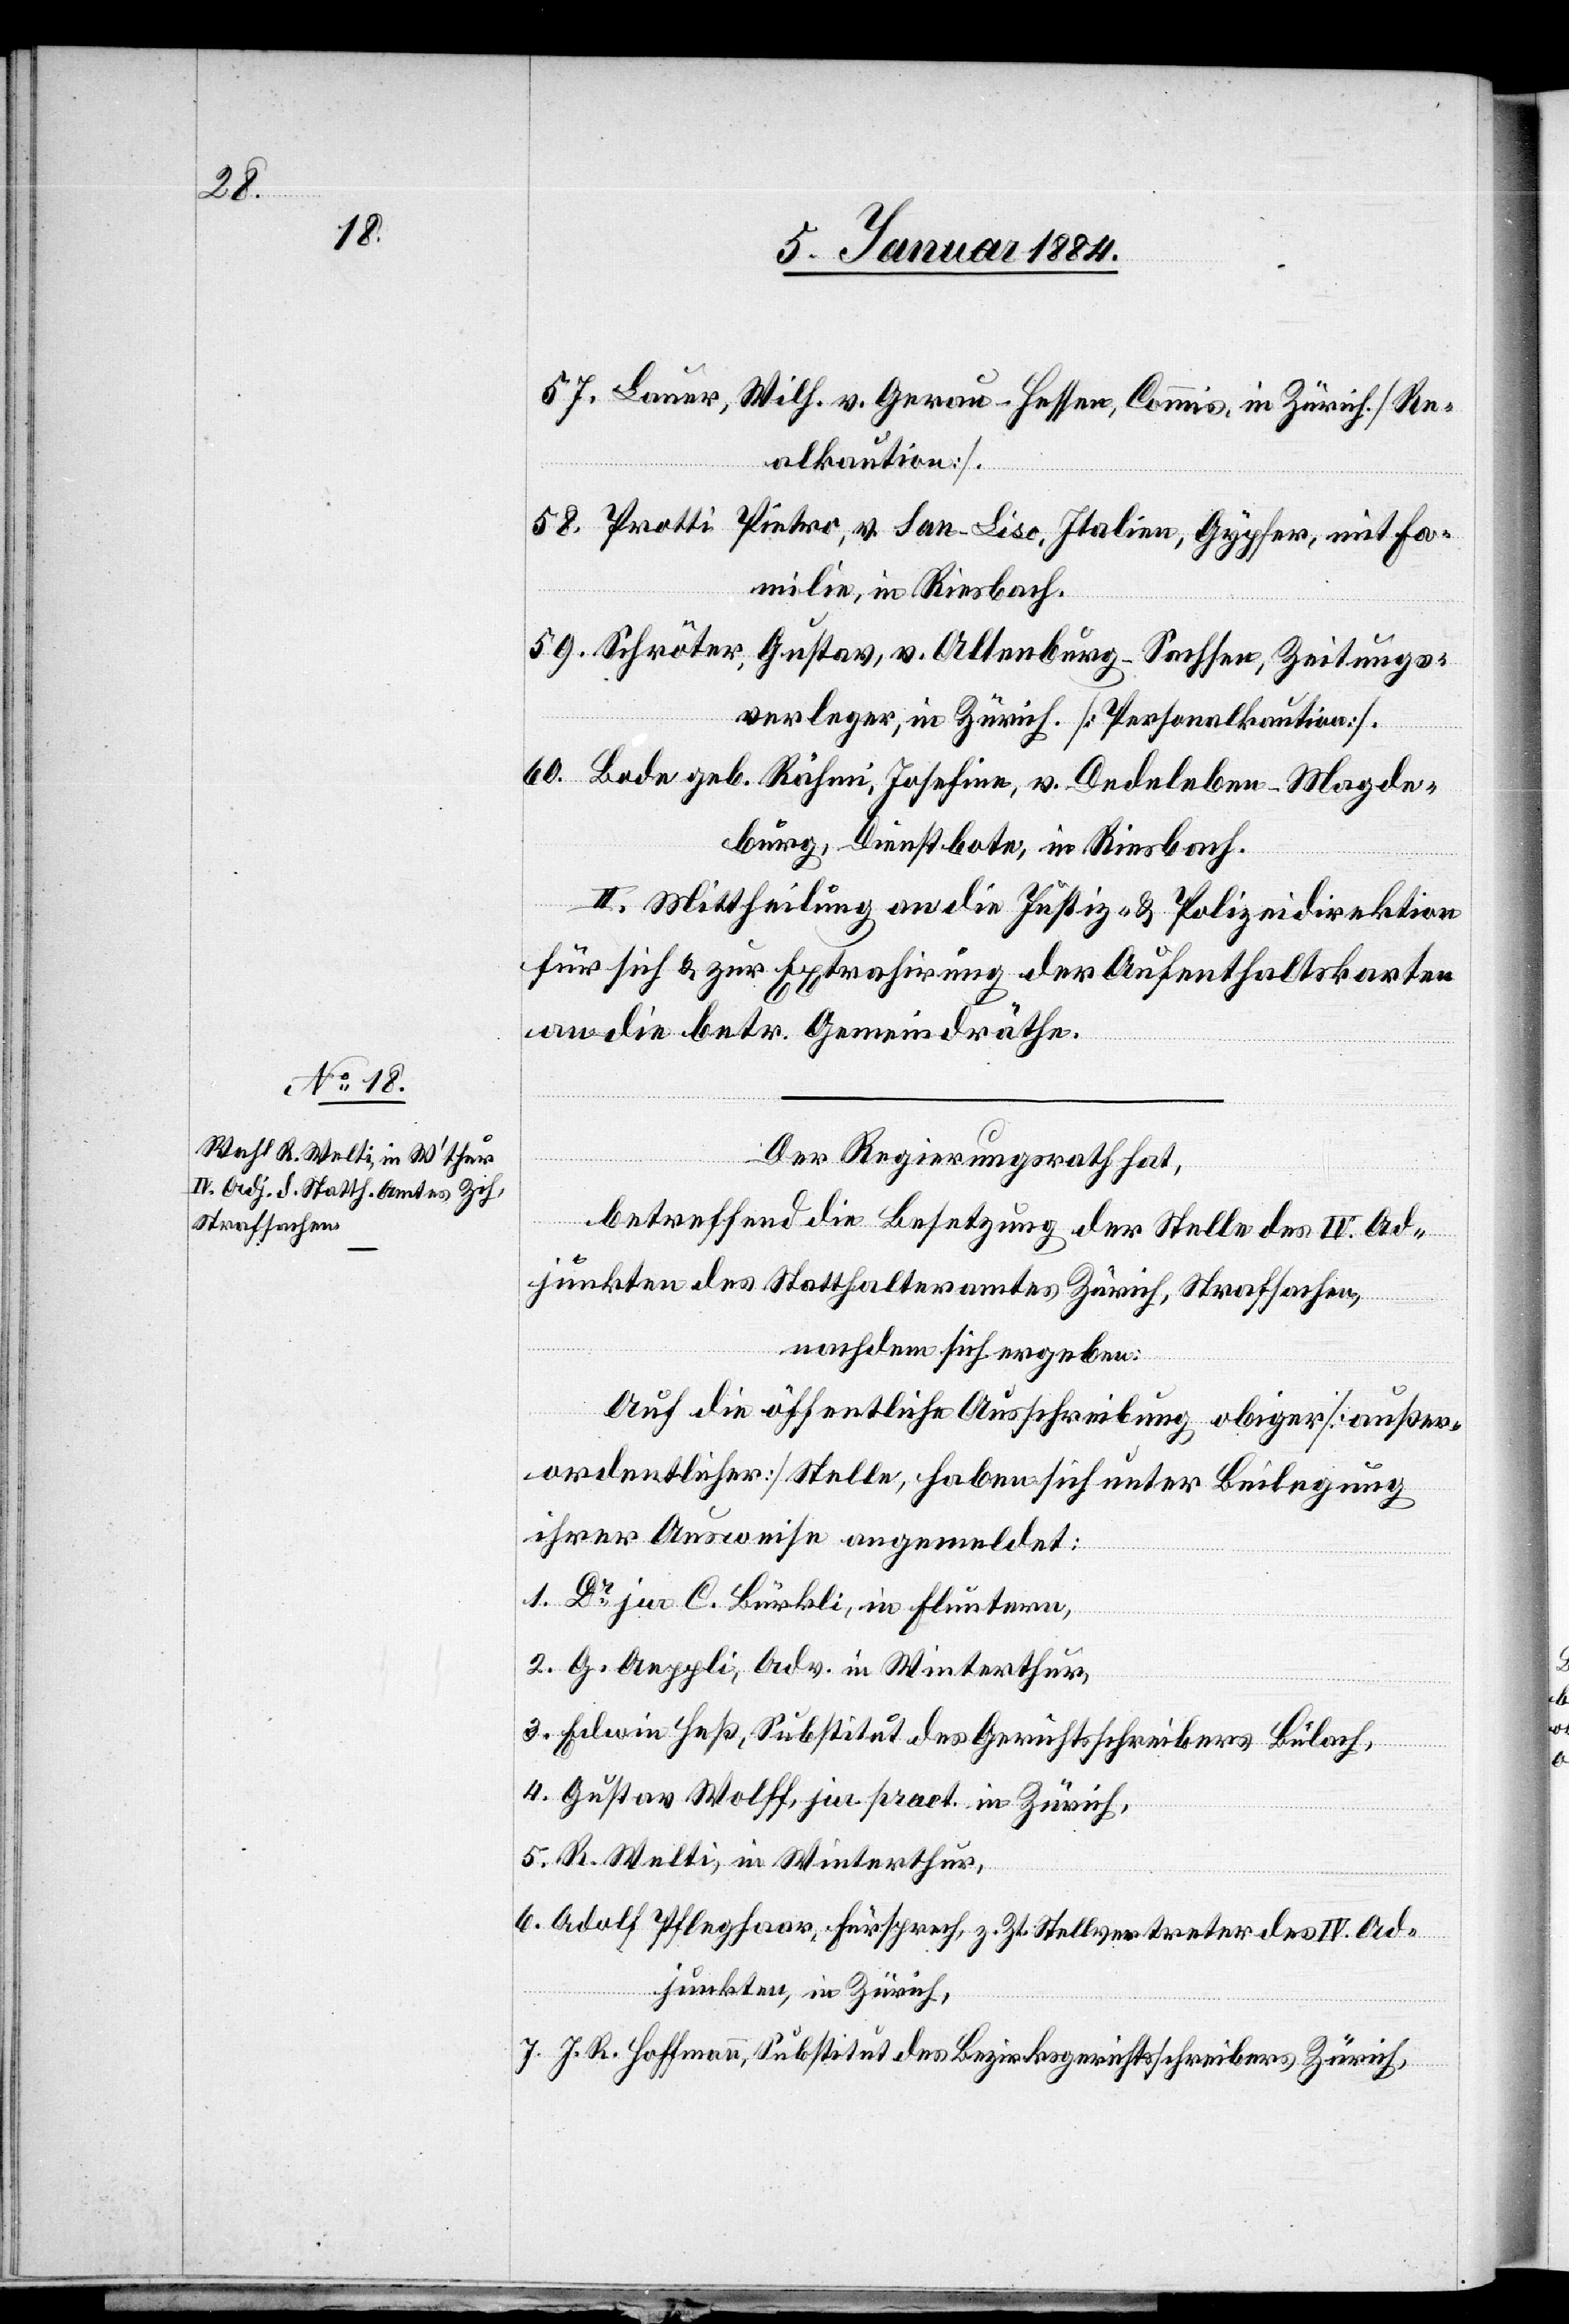
57. Bauer, Wilh. v. Gerau - Hessen, Commis, in Zürich [Re¬
alkaution].
58. Pratti, Pintro, v. San-Liso, Italien, Gypser, mit Fa¬
milie, in Riesbach.
59. Schröter, Gustav, v. Altenburg - Sachsen, Zeitungs¬
verleger, in Zürich [Personalkaution].
60. Bade geb. Rähmi, Josefine, v. Dedeleben - Magde¬
burg, Dienstbote, in Riesbach.
II. Mittheilung an die Justiz- & Polizeidirektion
für sich & zur Extrahirung der Aufenthaltskarten
an die betr. Gemeindräthe.
Der Regierungsrath hat,
betreffend die Besetzung der Stelle des IV. Ad¬
junkten des Statthalteramtes Zürich, Strafsachen,
nachdem sich ergeben:
Auf die öffentliche Ausschreibung obiger [außer¬
ordentlicher] Stelle, haben sich unter Beilegung
ihrer Ausweise angemeldet:
1. Dr. jur. C. Bürkli, in Fluntern,
2. G. Aeppli, Adv. in Winterthur,
3. Edwin Heß, Substitut des Gerichtsschreibers Bülach,
4. Gustav Wolff, jur. pract. in Zürich,
5. R. Welti, in Winterthur,
6. Adolf Pfleghaar, Fürsprech, z. Zt. Stellvertreter des IV. Ad¬
junkten, in Zürich,
7. J. R. Hoffmann, Substitut des Bezirksgerichtsschreibers Zürich